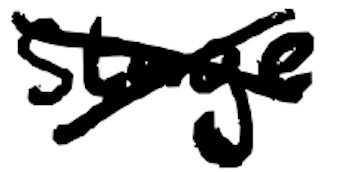
Text: stage
Cross-out: mix
Writing tool: digital_black